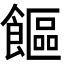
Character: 饇